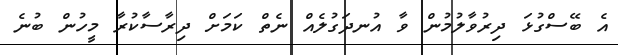
އެ ބޭސްގުޅަ ދިރުވާލުމުން ވާ އުނދަގުލެއް ނެތް ކަމަށް ދިރާސާކުރާ މީހުން ބުނެ